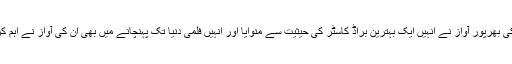
محمد علی کی بھرپور آواز نے انہیں ایک بہترین براڈ کاسٹر کی حیثیت سے منوایا اور انہیں فلمی دنیا تک پہنچانے میں بھی ان کی آواز نے اہم کردار ادا کیا۔